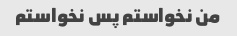
من نخواستم پس نخواستم